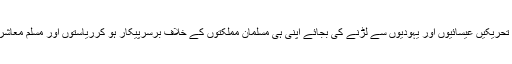
دنیا بھر کی نسلی اور اسلامی تحریکیں عیسائیوں اور یہودیوں سے لڑنے کی بجائے اپنی ہی مسلمان مملکتوں کے خلاف برسرپیکار ہو کرریاستوں اور مسلم معاشروں کو مضمحل کر چکی ہیں۔